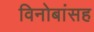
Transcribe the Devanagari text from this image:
विनोबांसह